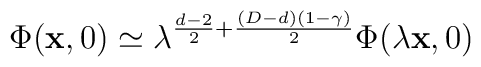
\Phi({\bf x},0)\simeq  \lambda^{\frac{d-2}{2}+\frac{(D-d)(1-\gamma)}{2}}  \Phi(\lambda{\bf x},0)